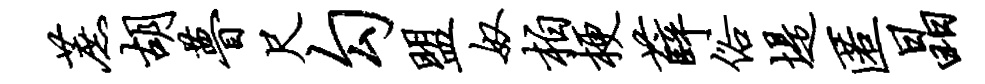
蔗胡瞢尺勾盟奴柏梗薛俗堤匿晶